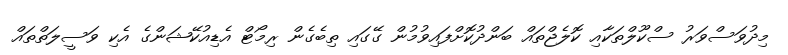
މިދުވަސްވަރު ސްކޫލްތަކާއި ކޮލެޖްތައް ބަންދުކޮށްފައިވުމުން ގޭގައި ތިބެގެން ރިމޯޓް އެޑިއުކޭޝަންގެ އެކި ވަސީލަތްތައް